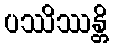
ပဿိဿန္တိ